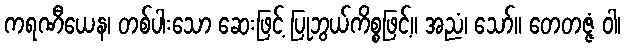
ကရဏီယေန၊ တစ်ပါးသော ဆေးဖြင့် ပြုဘွယ်ကိစ္စဖြင့်။ အညံ၊ သော်။ တေတဇ္ဇံ ဝါ၊